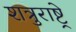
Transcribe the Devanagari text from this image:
शत्रुराष्ट्रे